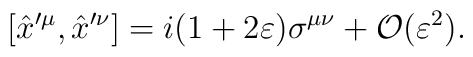
[\hat{x}^{\prime\mu},\hat{x}^{\prime\nu}] =i(1+2\varepsilon)\sigma^{\mu\nu}+\mathcal{O}(\varepsilon^2).